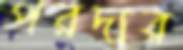
পরদার